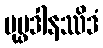
ပုပ္ဖဒါနဿိဒံ